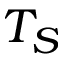
T _ { S }